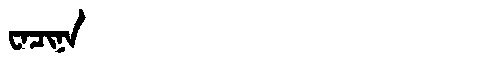
Manchu: ᠸᠠᠴᡳᠨᠠ
Romanization: WACINA